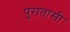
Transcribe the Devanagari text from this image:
पुरातासी